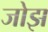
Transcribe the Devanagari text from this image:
जोझ